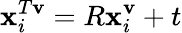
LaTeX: \mathbf{x}_{i}^{T\mathbf{v}}=R\mathbf{x}_{i}^{\mathbf{v}}+t